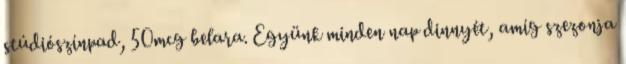
stúdiószínpad, 50mcg belara. Együnk minden nap dinnyét, amíg szezonja